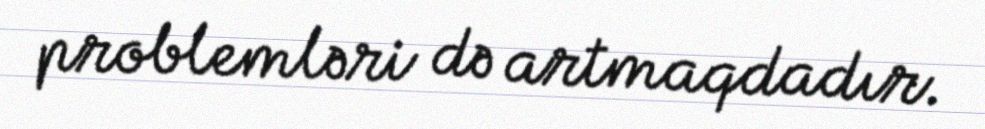
problemləri də artmaqdadır.